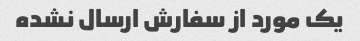
یک مورد از سفارش ارسال نشده